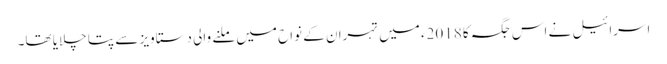
اسرائیل نے اس جگہ کا 2018ء میں تہران کے نواح میں ملنے والی دستاویز سے پتا چلایا تھا۔